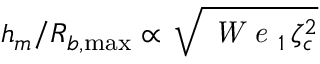
h _ { m } / R _ { b , \operatorname* { m a x } } \propto \, \sqrt { \textit { W e } _ { 1 } \, \zeta _ { c } ^ { 2 } }